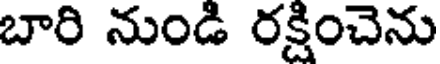
బారి నుండి రక్షించెను